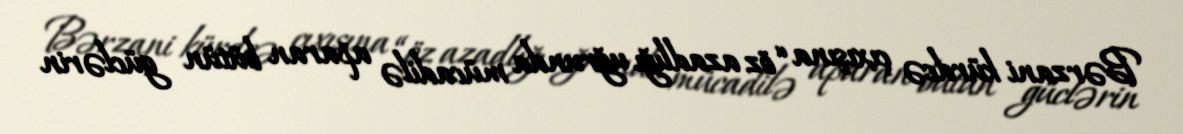
Bərzani kürdcə çıxışına “öz azadlığı uğrunda mücadilə aparan bütün güclərin